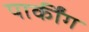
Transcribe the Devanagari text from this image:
पार्कींग